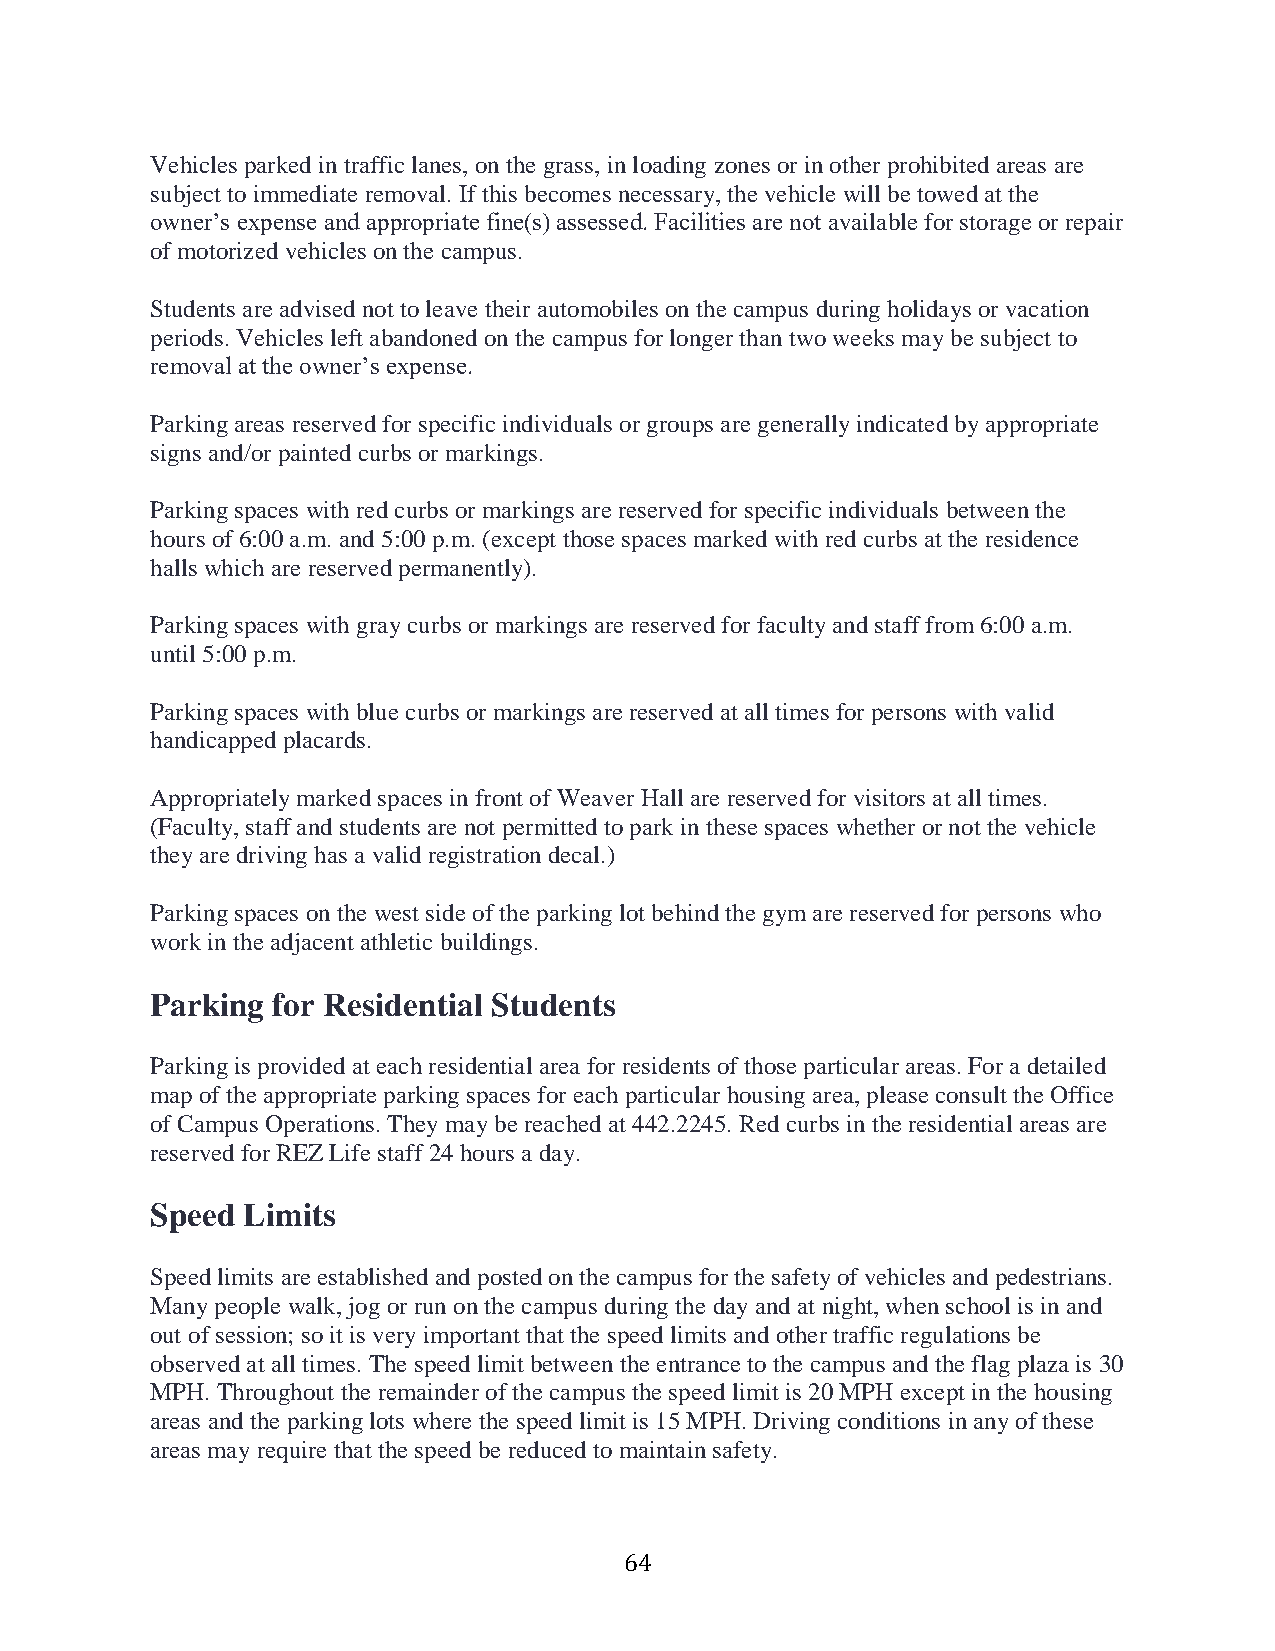
Vehicles parked in traffic lanes, on the grass, in loading zones or in other prohibited areas are
 subject to immediate removal. If this becomes necessary, the vehicle will be towed at the
 owner’s expense and appropriate fine(s) assessed. Facilities are not available for storage or repair
 of motorized vehicles on the campus.
 Students are advised not to leave their automobiles on the campus during holidays or vacation
 periods. Vehicles left abandoned on the campus for longer than two weeks may be subject to
 removal at the owner’s expense.
 Parking areas reserved for specific individuals or groups are generally indicated by appropriate
 signs and/or painted curbs or markings.
 Parking spaces with red curbs or markings are reserved for specific individuals between the
 hours of 6:00 a.m. and 5:00 p.m. (except those spaces marked with red curbs at the residence
 halls which are reserved permanently).
 Parking spaces with gray curbs or markings are reserved for faculty and staff from 6:00 a.m.
 until 5:00 p.m.
 Parking spaces with blue curbs or markings are reserved at all times for persons with valid
 handicapped placards.
 Appropriately marked spaces in front of Weaver Hall are reserved for visitors at all times.
 (Faculty, staff and students are not permitted to park in these spaces whether or not the vehicle
 they are driving has a valid registration decal.)
 Parking spaces on the west side of the parking lot behind the gym are reserved for persons who
 work in the adjacent athletic buildings.
 Parking for Residential Students
 Parking is provided at each residential area for residents of those particular areas. For a detailed
 map of the appropriate parking spaces for each particular housing area, please consult the Office
 of Campus Operations. They may be reached at 442.2245. Red curbs in the residential areas are
 reserved for REZ Life staff 24 hours a day.
 Speed Limits
 Speed limits are established and posted on the campus for the safety of vehicles and pedestrians.
 Many people walk, jog or run on the campus during the day and at night, when school is in and
 out of session; so it is very important that the speed limits and other traffic regulations be
 observed at all times. The speed limit between the entrance to the campus and the flag plaza is 30
 MPH. Throughout the remainder of the campus the speed limit is 20 MPH except in the housing
 areas and the parking lots where the speed limit is 15 MPH. Driving conditions in any of these
 areas may require that the speed be reduced to maintain safety.
 64